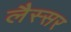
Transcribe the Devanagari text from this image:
लैस्सर